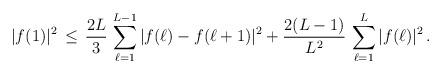
LaTeX: \begin{align*}|f(1)|^2\, \leq\, \frac{2L}{3}\, \sum_{\ell=1}^{L-1} |f(\ell)-f(\ell+1)|^2 + \frac{2(L-1)}{L^2}\, \sum_{\ell=1}^{L} |f(\ell)|^2\, .\end{align*}